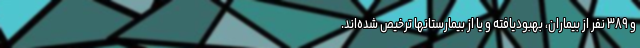
و ۳۸۹ نفر از بیماران، بهبودیافته و یا از بیمارستانها ترخیص شده‌اند.